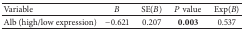
<table><thead><tr><td><b>Variable</b></td><td><b>B</b></td><td><b>SE⁡(<i>B</i>)</b></td><td><b><i>P</i> value</b></td><td><b>Exp⁡(<i>B</i>)</b></td></tr></thead><tbody><tr><td>Alb (high/low expression)</td><td>−0.621</td><td>0.207</td><td><b>0.003</b></td><td>0.537</td></tr></tbody></table>